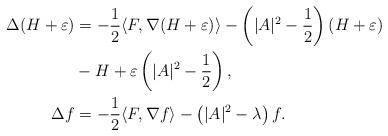
LaTeX: \begin{align*}\begin{aligned}\Delta (H+\varepsilon) & = - \frac{1}{2} \langle F, \nabla(H+\varepsilon)\rangle - \left( |A|^2 - \frac{1}{2}\right)(H+\varepsilon)\\ & - H + \varepsilon\left(|A|^2 - \frac{1}{2}\right),\\ \Delta f & = - \frac{1}{2} \langle F , \nabla f\rangle - \left(|A|^2 - \lambda\right) f.\end{aligned}\end{align*}